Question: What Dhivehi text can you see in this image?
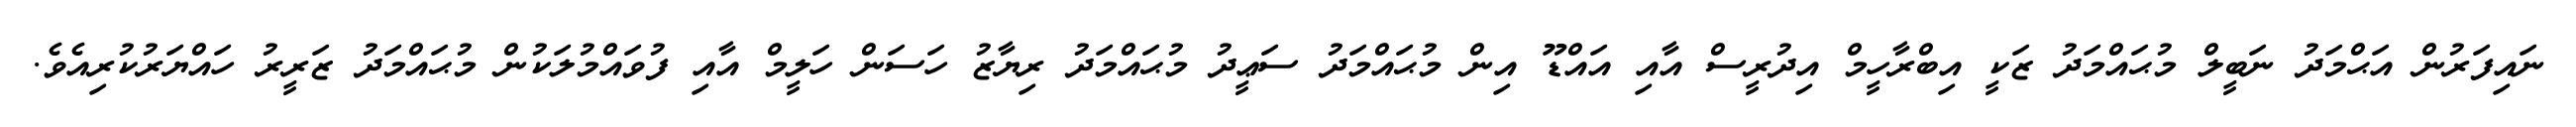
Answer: ނައިފަރުން އަޙްމަދު ނަބީލް މުޙައްމަދު ޒަކީ އިބްރާހީމް އިދުރީސް އާއި އައްޑޫ އިން މުޙައްމަދު ސަޢީދު މުޙައްމަދު ރިޔާޒު ހަސަން ހަލީމް އާއި ފުވައްމުލަކުން މުޙައްމަދު ޒަރީރު ހައްޔަރުކުރިއެވެ.